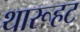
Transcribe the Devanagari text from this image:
थारूहट